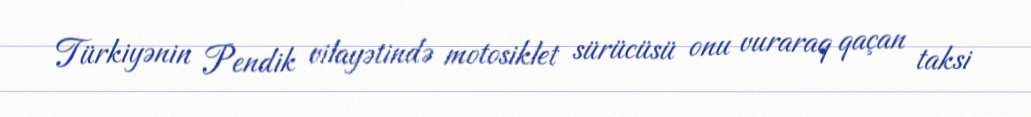
Türkiyənin Pendik vilayətində motosiklet sürücüsü onu vuraraq qaçan taksi